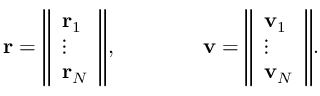
\mathbf { r } = { \left\Vert \begin{array} { l } { \mathbf { r } _ { 1 } } \\ { \vdots } \\ { \mathbf { r } _ { N } } \end{array} \right\Vert } , \qquad \qquad \mathbf { v } = { \left\Vert \begin{array} { l } { \mathbf { v } _ { 1 } } \\ { \vdots } \\ { \mathbf { v } _ { N } } \end{array} \right\Vert } .